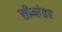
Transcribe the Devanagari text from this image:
सीमांतर